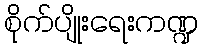
စိုက်ပျိုးရေးကဏ္ဍ